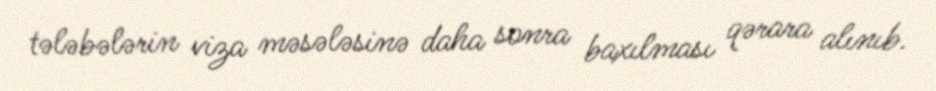
tələbələrin viza məsələsinə daha sonra baxılması qərara alınıb.